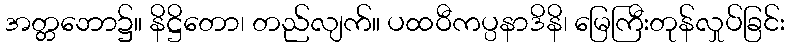
အတ္တဘော၌။ နိဋ္ဌိတော၊ တည်လျက်။ ပထဝီကပ္ပနာဒိနိ၊ မြေကြီးတုန်လှုပ်ခြင်း